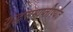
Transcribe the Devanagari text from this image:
युद्धसमाप्तीपर्यंत